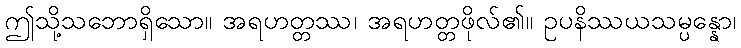
ဤသို့သဘောရှိသော။ အရဟတ္တဿ၊ အရဟတ္တဖိုလ်၏။ ဥပနိဿယသမ္ပန္နော၊